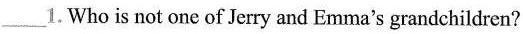
___1.Who is not one ofJerry and Emma's grandchildren?